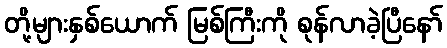
တို့များနှစ်ယောက် မြစ်ကြီးကို စုန်လာခဲ့ပြီနော်